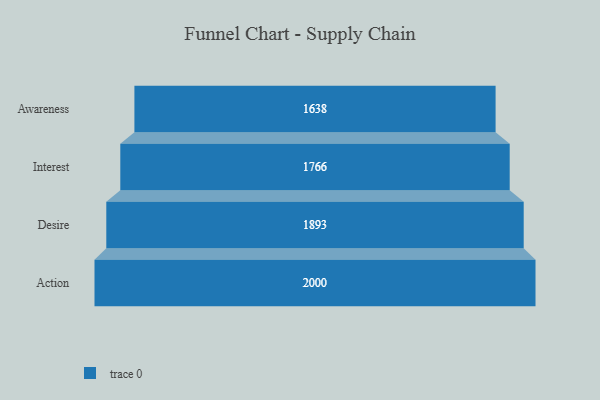
{"axis": {"x": "Stage", "y": "Value"}, "legend": [""], "data": [{"x": "Awareness", "y": 1638.0, "type": ""}, {"x": "Interest", "y": 1766.0, "type": ""}, {"x": "Desire", "y": 1893.0, "type": ""}, {"x": "Action", "y": 2000, "type": ""}]}